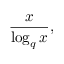
{ \frac { x } { \log _ { q } x } } ,